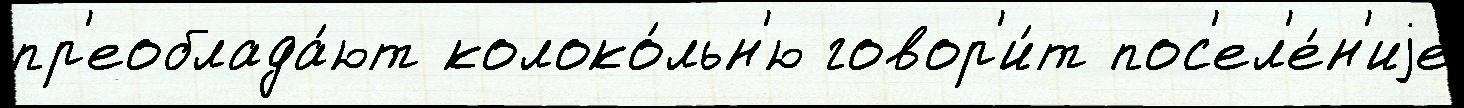
пр'еоблада́ют колоко́льн'ю говор'и́т пос'ел'е́н'иjе